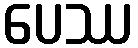
ပေဿ